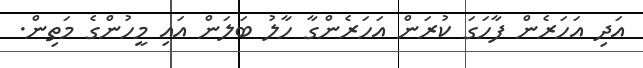
އަދި އަހަރެން ފާހަގަ ކުރަން އަހަރެންގާ ހާލު ބަލަން އައި މީހުންގެ މަތިން.